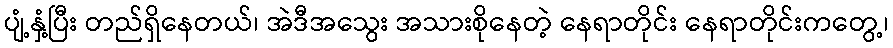
ပျံ့နှံ့ပြီး တည်ရှိနေတယ်၊ အဲဒီအသွေး အသားစိုနေတဲ့ နေရာတိုင်း နေရာတိုင်းကတွေ့၊